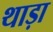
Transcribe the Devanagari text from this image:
थाड़ा